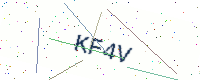
Text: KF4V